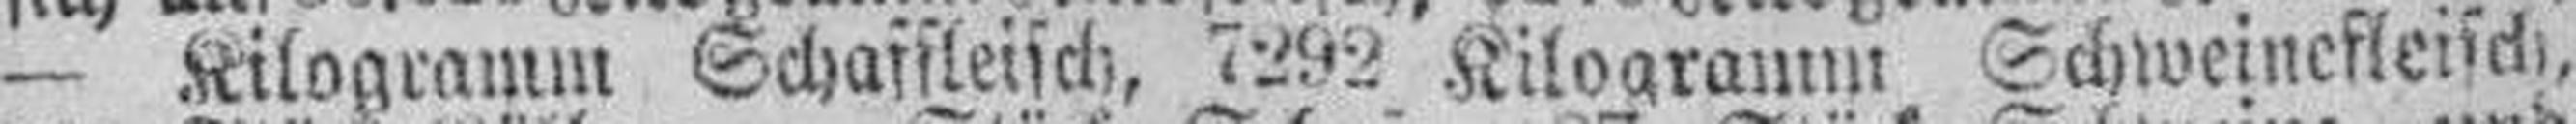
— Kilogramm Schaffleisch. 7292 Kilogramm Schweinefleisch,